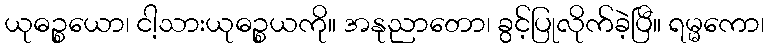
ယုဓဉ္စယော၊ ငါ့သားယုဓဉ္စယကို။ အနုညာတော၊ ခွင့်ပြုလိုက်ခဲ့ပြီ။ ရမ္မကော၊